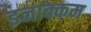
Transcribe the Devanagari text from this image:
इनाक्कम